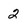
Character: 2